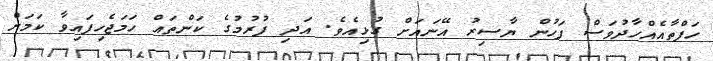
ހަފްތާއެއްހާދުވަސް ފަހުން ޔާސިރު އޭނައަށް ގުޅިއެވެ. އަދި ފުރުމުގެ ކަންތައް ހަމަޖެހިފައިވާ ކަމަށް